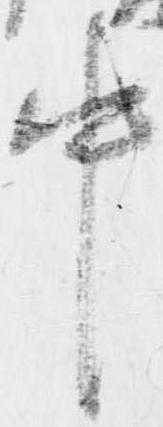
中